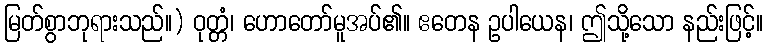
မြတ်စွာဘုရားသည်။) ဝုတ္တံ၊ ဟောတော်မူအပ်၏။ ဧတေန ဥပါယေန၊ ဤသို့သော နည်းဖြင့်။